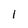
Character: 1